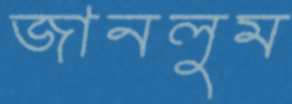
জানলুম